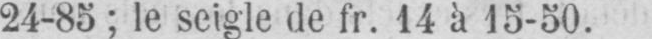
24-85; le seigle de fr. 14 à 15-50.